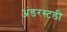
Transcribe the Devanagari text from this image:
अंडरस्टडी